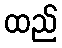
ထည်